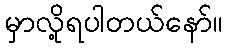
မှာလို့ရပါတယ်နော်။